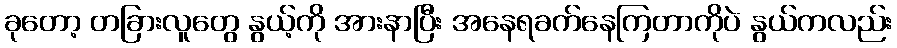
ခုတော့ တခြားလူတွေ နွယ့်ကို အားနာပြီး အနေရခက်နေကြတာကိုပဲ နွယ်ကလည်း